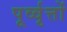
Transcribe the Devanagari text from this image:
पूर्व्वृत्तों